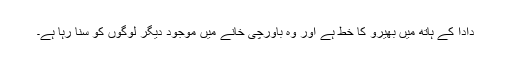
دادا کے ہاتھ میں بھیرو کا خط ہے اور وہ باورچی خانے میں موجود دیگر لوگوں کو سنا رہا ہے۔